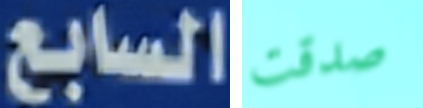
السابع صدقت